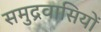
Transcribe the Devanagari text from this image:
समुद्रवासियों